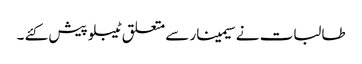
طالبات نے سیمینار سے متعلق ٹیبلو پیش کئے ۔